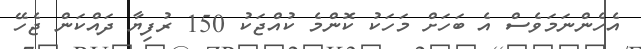
އެހެންނަމަވެސް އެ ބަހަށް މަހަކު ކޮންމެ ކުއްޖަކު 150 ރުފިޔާ ދައްކަން ޖެހޭ